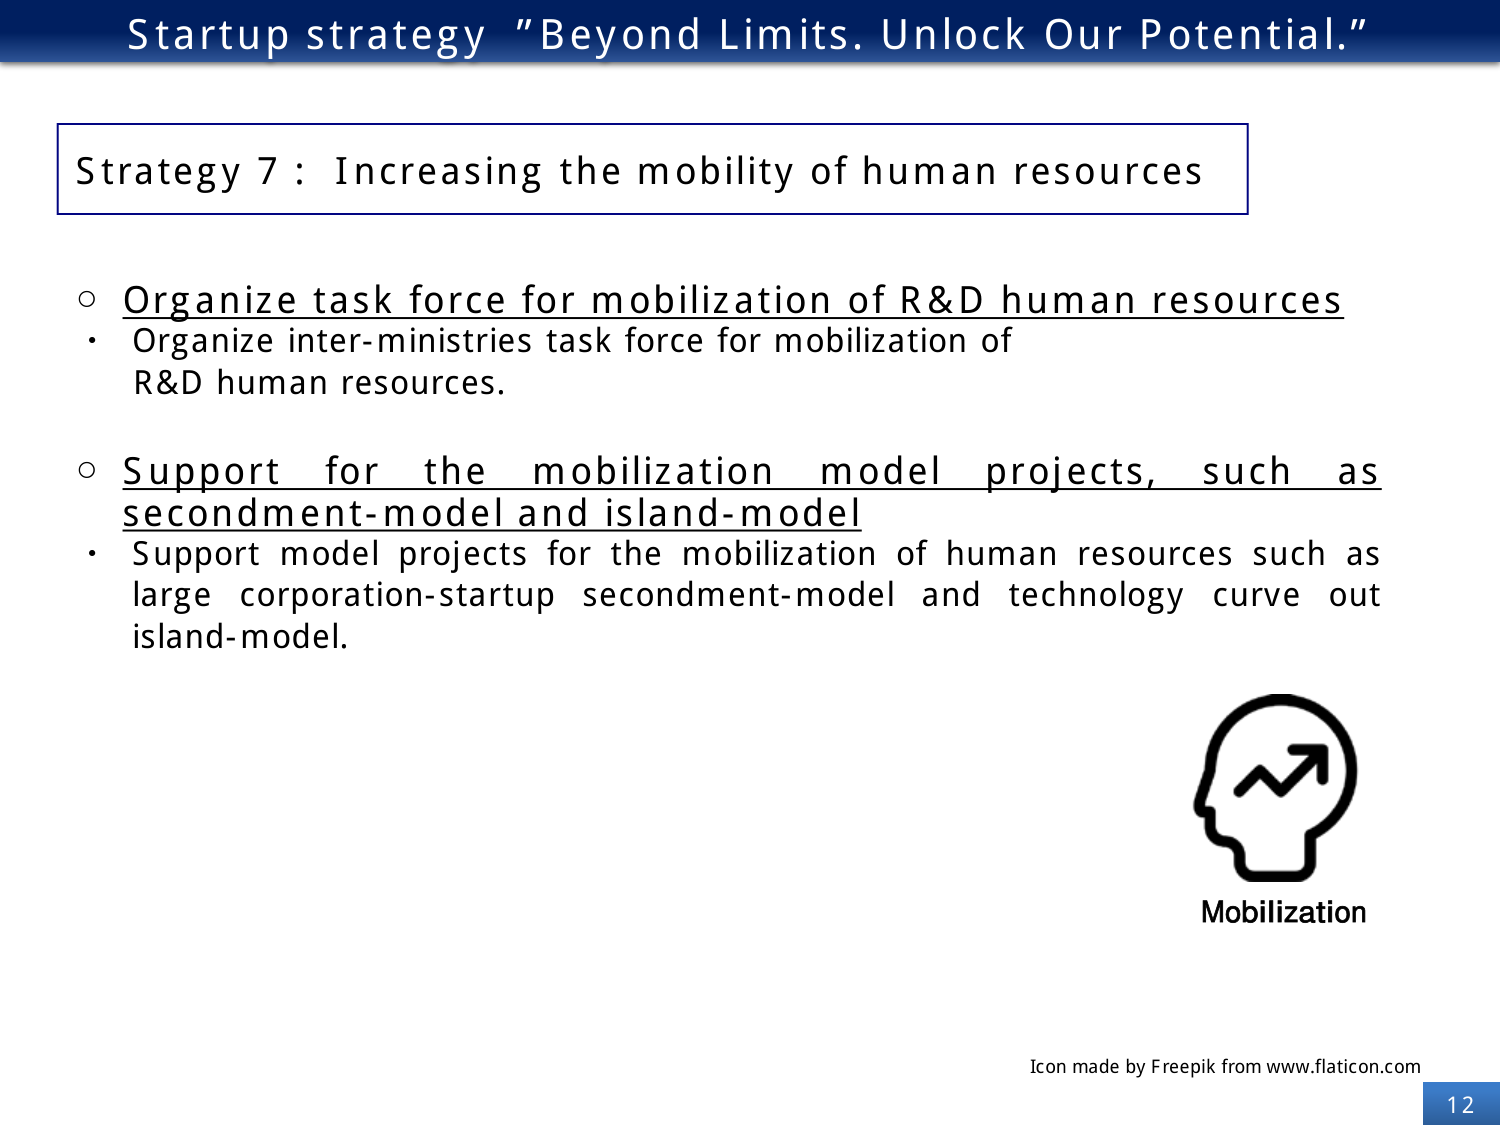
Startup strategy "Beyond Limits. Unlock Our Potential."

Strategy 7: Increasing the mobility of human resources

○ Organize task force for mobilization of R&D human resources
• Organize inter-ministries task force for mobilization of R&D human resources.

○ Support for the mobilization model projects, such as secondment-model and island-model
• Support model projects for the mobilization of human resources such as large corporation-startup secondment-model and technology curve out island-model.

Mobilization

Icon made by Freepik from www.flaticon.com

12